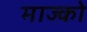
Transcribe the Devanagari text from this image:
माज्को